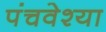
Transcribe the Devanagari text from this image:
पंचवेश्या